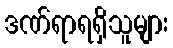
ဒဏ်ရာရရှိသူများ